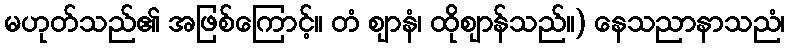
မဟုတ်သည်၏ အဖြစ်ကြောင့်။ တံ ဈာနံ၊ ထိုဈာန်သည်။) နေသညာနာသညံ၊